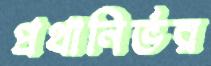
প্রথানির্ভর